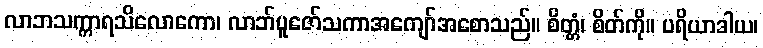
လာဘသက္ကာရသိလောကော၊ လာဘ်ပူဇော်သကာအကျော်အစောသည်။ စိတ္တံ၊ စိတ်ကို။ ပရိယာဒါယ၊